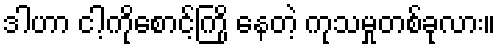
ဒါဟာ ငါ့ကိုစောင့်ကြို နေတဲ့ ကုသမှုတစ်ခုလား။